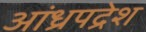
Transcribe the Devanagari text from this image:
आंध्रपद्रेश